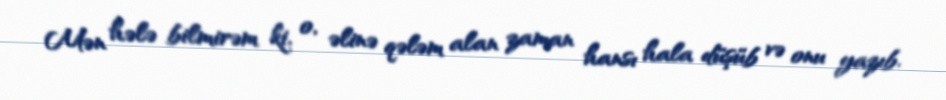
Mən hələ bilmirəm ki, o, əlinə qələm alan zaman hansı hala düşüb və onu yazıb.